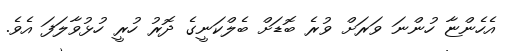
އެހެންޏާ ހުންނަ ވަރަށް ވުރެ ބޮޑަށް ބެލްކަނީގެ ދޮރު ހުރީ ހުޅުވާލަފަ އެވެ.